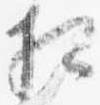
相